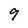
Character: 9